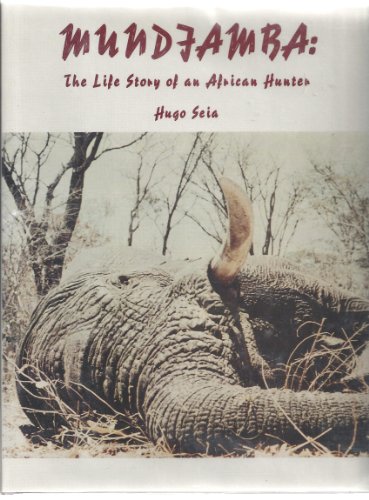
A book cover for Mundjamba: The Life Story of an African Hunter; Hugo Seia; Travel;